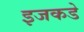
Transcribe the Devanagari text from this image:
इजकडे